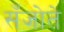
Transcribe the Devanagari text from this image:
सँजोते